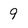
Character: 9